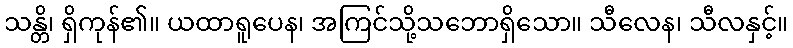
သန္တိ၊ ရှိကုန်၏။ ယထာရူပေန၊ အကြင်သို့သဘောရှိသော။ သီလေန၊ သီလနှင့်။